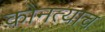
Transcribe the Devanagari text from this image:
कोनत्याच